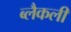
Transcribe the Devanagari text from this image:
ब्लैकली